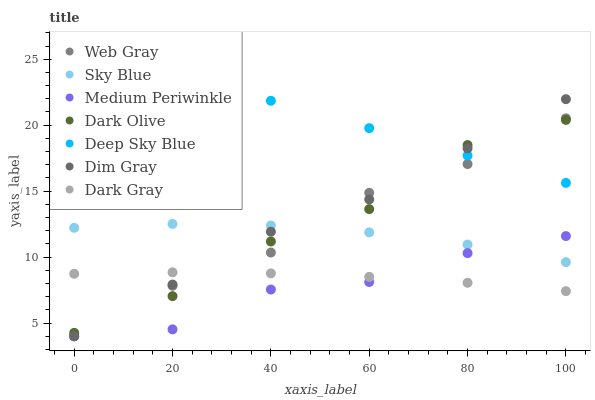
| xaxis_label | Web Gray | Sky Blue | Medium Periwinkle | Dark Olive | Deep Sky Blue | Dim Gray | Dark Gray |
 | --- | --- | --- | --- | --- | --- | --- | --- |
 | 0 | 4 | 12.2 | 4 | 4.26 | 26 | 4 | 8.74 |
 | 20 | 7.82 | 12.5 | 4.52 | 7.04 | 23.9 | 7.92 | 8.84 |
 | 40 | 10.3 | 12.4 | 7.54 | 11.2 | 21.8 | 11.9 | 8.77 |
 | 60 | 14.9 | 11.9 | 8.11 | 13.6 | 19.8 | 14.4 | 8.5 |
 | 80 | 17.1 | 10.9 | 10.3 | 18.5 | 17.7 | 18.2 | 8.05 |
 | 100 | 20.5 | 9.62 | 11.6 | 20.4 | 15.6 | 22 | 7.42 |